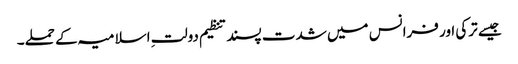
جیسے ترکی اور فرانس میں شدت پسند تنظیم دولتِ اسلامیہ کے حملے۔